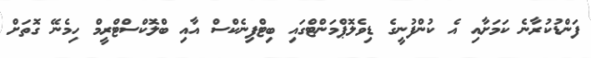
ފަންޑުކުރާނެ ކަމަށާއި އެ ކުންފުނީގެ ޑިވެލޮޕްމަންޓްގައި ބިޓްފިނެކްސް އާއި ބްލޮކްސްޓްރީމް ހިމެނޭ ގޮތަށް